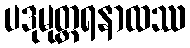
ပဒုမုတ္တရနာထဿ